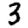
Digit: 3